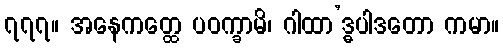
၇၇၇။ အနေကတ္ထေ ပဝက္ခာမိ၊ ဂါထာ’ဒ္ဓပါဒတော ကမာ။